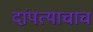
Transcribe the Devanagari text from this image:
दांपत्याचाच